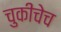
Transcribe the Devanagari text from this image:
चुकीचेच